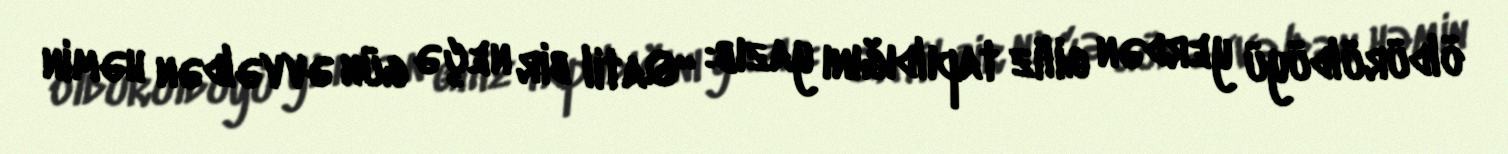
öldürüldüyü yerdən giliz tapıldığını yazıb: “Qatil bir neçə gün əvvəldən həmin